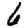
Digit: 6